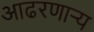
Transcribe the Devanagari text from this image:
आढरणार्‍य